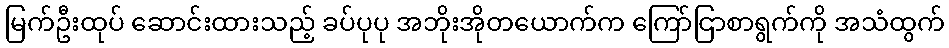
မြက်ဦးထုပ် ဆောင်းထားသည့် ခပ်ပုပု အဘိုးအိုတယောက်က ကြော်ငြာစာရွက်ကို အသံထွက်